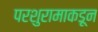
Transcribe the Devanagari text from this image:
परशुरामाकडून